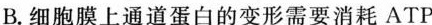
B.细胞膜上通道蛋白的变形需要消耗ATP